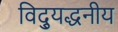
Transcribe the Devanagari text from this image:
विद्युद्धनीय